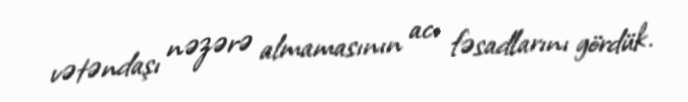
vətəndaşı nəzərə almamasının acı fəsadlarını gördük.